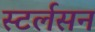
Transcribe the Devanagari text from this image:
स्टर्लसन